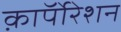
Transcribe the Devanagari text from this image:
क़ाॅर्पोरेशन